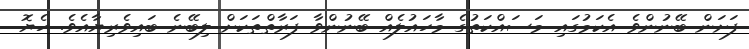
ފަށަން ބޭނުންވެ އެކަމުގައި މަސައްކަތުގެ މާހައުލެއް ބޭނުންވާ ފަރާތްތަކަށް ލިބޭނެ ބައިވެރިޔާއެވެ. ހެޔޮ